Annual report on the working of the lock hospitals in the North-Western Provinces and Oudh
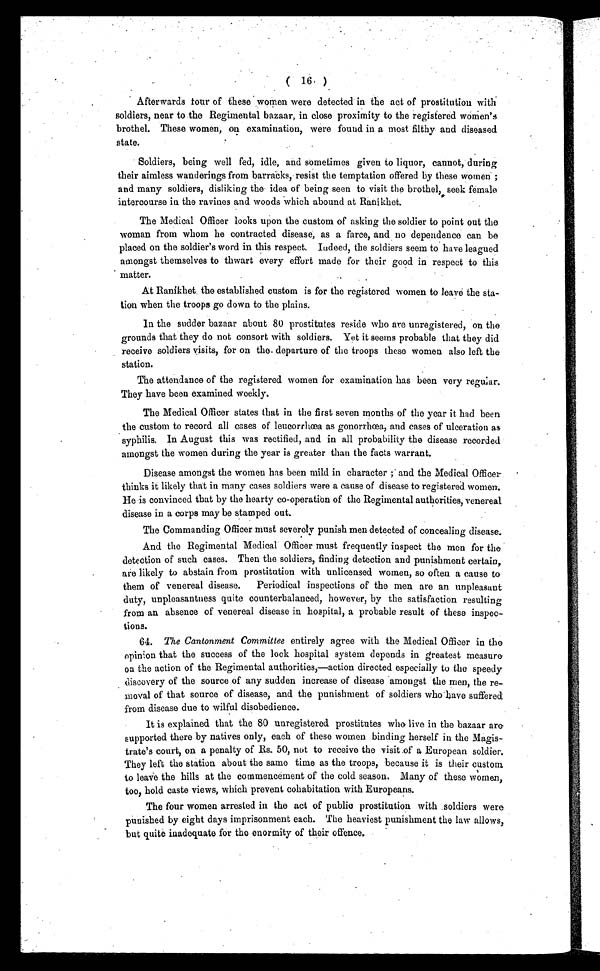
(. 16 )
Afterwards tour of these women were detected in the act of prostitution with
soldiers, near to the Regimental bazaar, in close proximity to the registered women's
brothel. These women, on examination, were found in a most filthy and diseased
state.
Soldiers, being well fed, idle, and sometimes given to liquor, cannot, during
their aimless wanderings from barracks, resist the temptation offered by these women ;
and many soldiers, disliking the idea of being seen to visit the brothel, seek female
intercourse in the ravines and woods which abound at Ranikhet.
The Medical Officer looks upon the custom of asking the soldier to point out the
woman from whom he contracted disease, as a farce, and no dependence can be
placed on the soldier's word in this respect. Indeed, the soldiers seem to have leagued
amongst themselves to thwart every effort made for their good in respect to this
matter.
At Ranikhet the established custom is for the registered women to leare the sta-
tion when the troops go down to the plains.
In the sudder bazaar about 80 prostitutes reside who are unregistered, on the
grounds that they do not consort with soldiers. Yet it seems probable that they did
receive soldiers visits, for on the departure of the troops these women also left the
station.
The attendance of the registered women for examination has been very regular.
They have been examined weekly.
The Medical Officer states that in the first seven months of the year it had been
the custom to record all cases of leucorrhœa as gonorrhœa, and cases of ulceration as
syphilis. In August this was rectified, and in all probability the disease recorded
amongst the women during the year is greater than the facts warrant.
Disease amongst the women has been mild in character ; and the Medical Officer.
thinks it likely that in many cases soldiers were a cause of disease to registered women.
He is convinced that by the hearty co-operation of the Regimental authorities, venereal
disease in a corps may be stamped out.
The Commanding Officer must severely punish men detected of concealing disease.
And the Regimental Medical Officer must frequently inspect the men for the
detection of such cases. Then the soldiers, finding detection and punishment certain,
are likely to abstain from prostitution with unlicensed women, so often a cause to
them of venereal disease. Periodical inspections of the men are an unpleasant
duty, unpleasantness quite counterbalanced, however, by the satisfaction resulting
from an absence of venereal disease in hospital, a probable result of these inspec-
tions.
64. The Cantonment Committee entirely agree with the Medical Officer in the
opinion that the success of the lock hospital system depends in greatest measure
on the action of the Regimental authorities,—action directed especially to the speedy
discovery of the source of any sudden increase of disease amongst the men, the re-
moval of that source of disease, and the punishment of soldiers who have suffered
from disease due to wilful disobedience.
It is explained that the 80 unregistered prostitutes who live in the bazaar are
supported there by natives only, each of these women binding herself in the Magis
trate's court, on a penalty of .Rs. 50, not to receive the visit of a European soldier.
They left the station about the same time as the troops, because it is their custom
to leave the hills at the commencement of the cold season. Many of these women,
too, hold caste views, which prevent cohabitation with Europeans.
The four women arrested in the act of public prostitution with soldiers were
punished by eight days imprisonment each. The heaviest punishment the law allows,
but quite inadequate for the enormity of their offence.